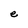
Character: e